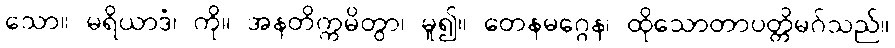
သော။ မရိယာဒံ၊ ကို။ အနတိက္ကမိတွာ၊ မူ၍။ တေနမဂ္ဂေန၊ ထိုသောတာပတ္တိမဂ်သည်။